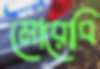
মোরোবি